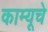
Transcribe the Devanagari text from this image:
काम्यूचे